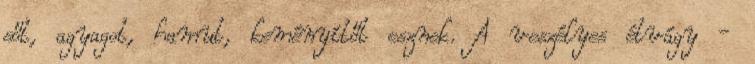
sőt, agyagot, hamut, keményítőt esznek. A veszélyes étvágy -